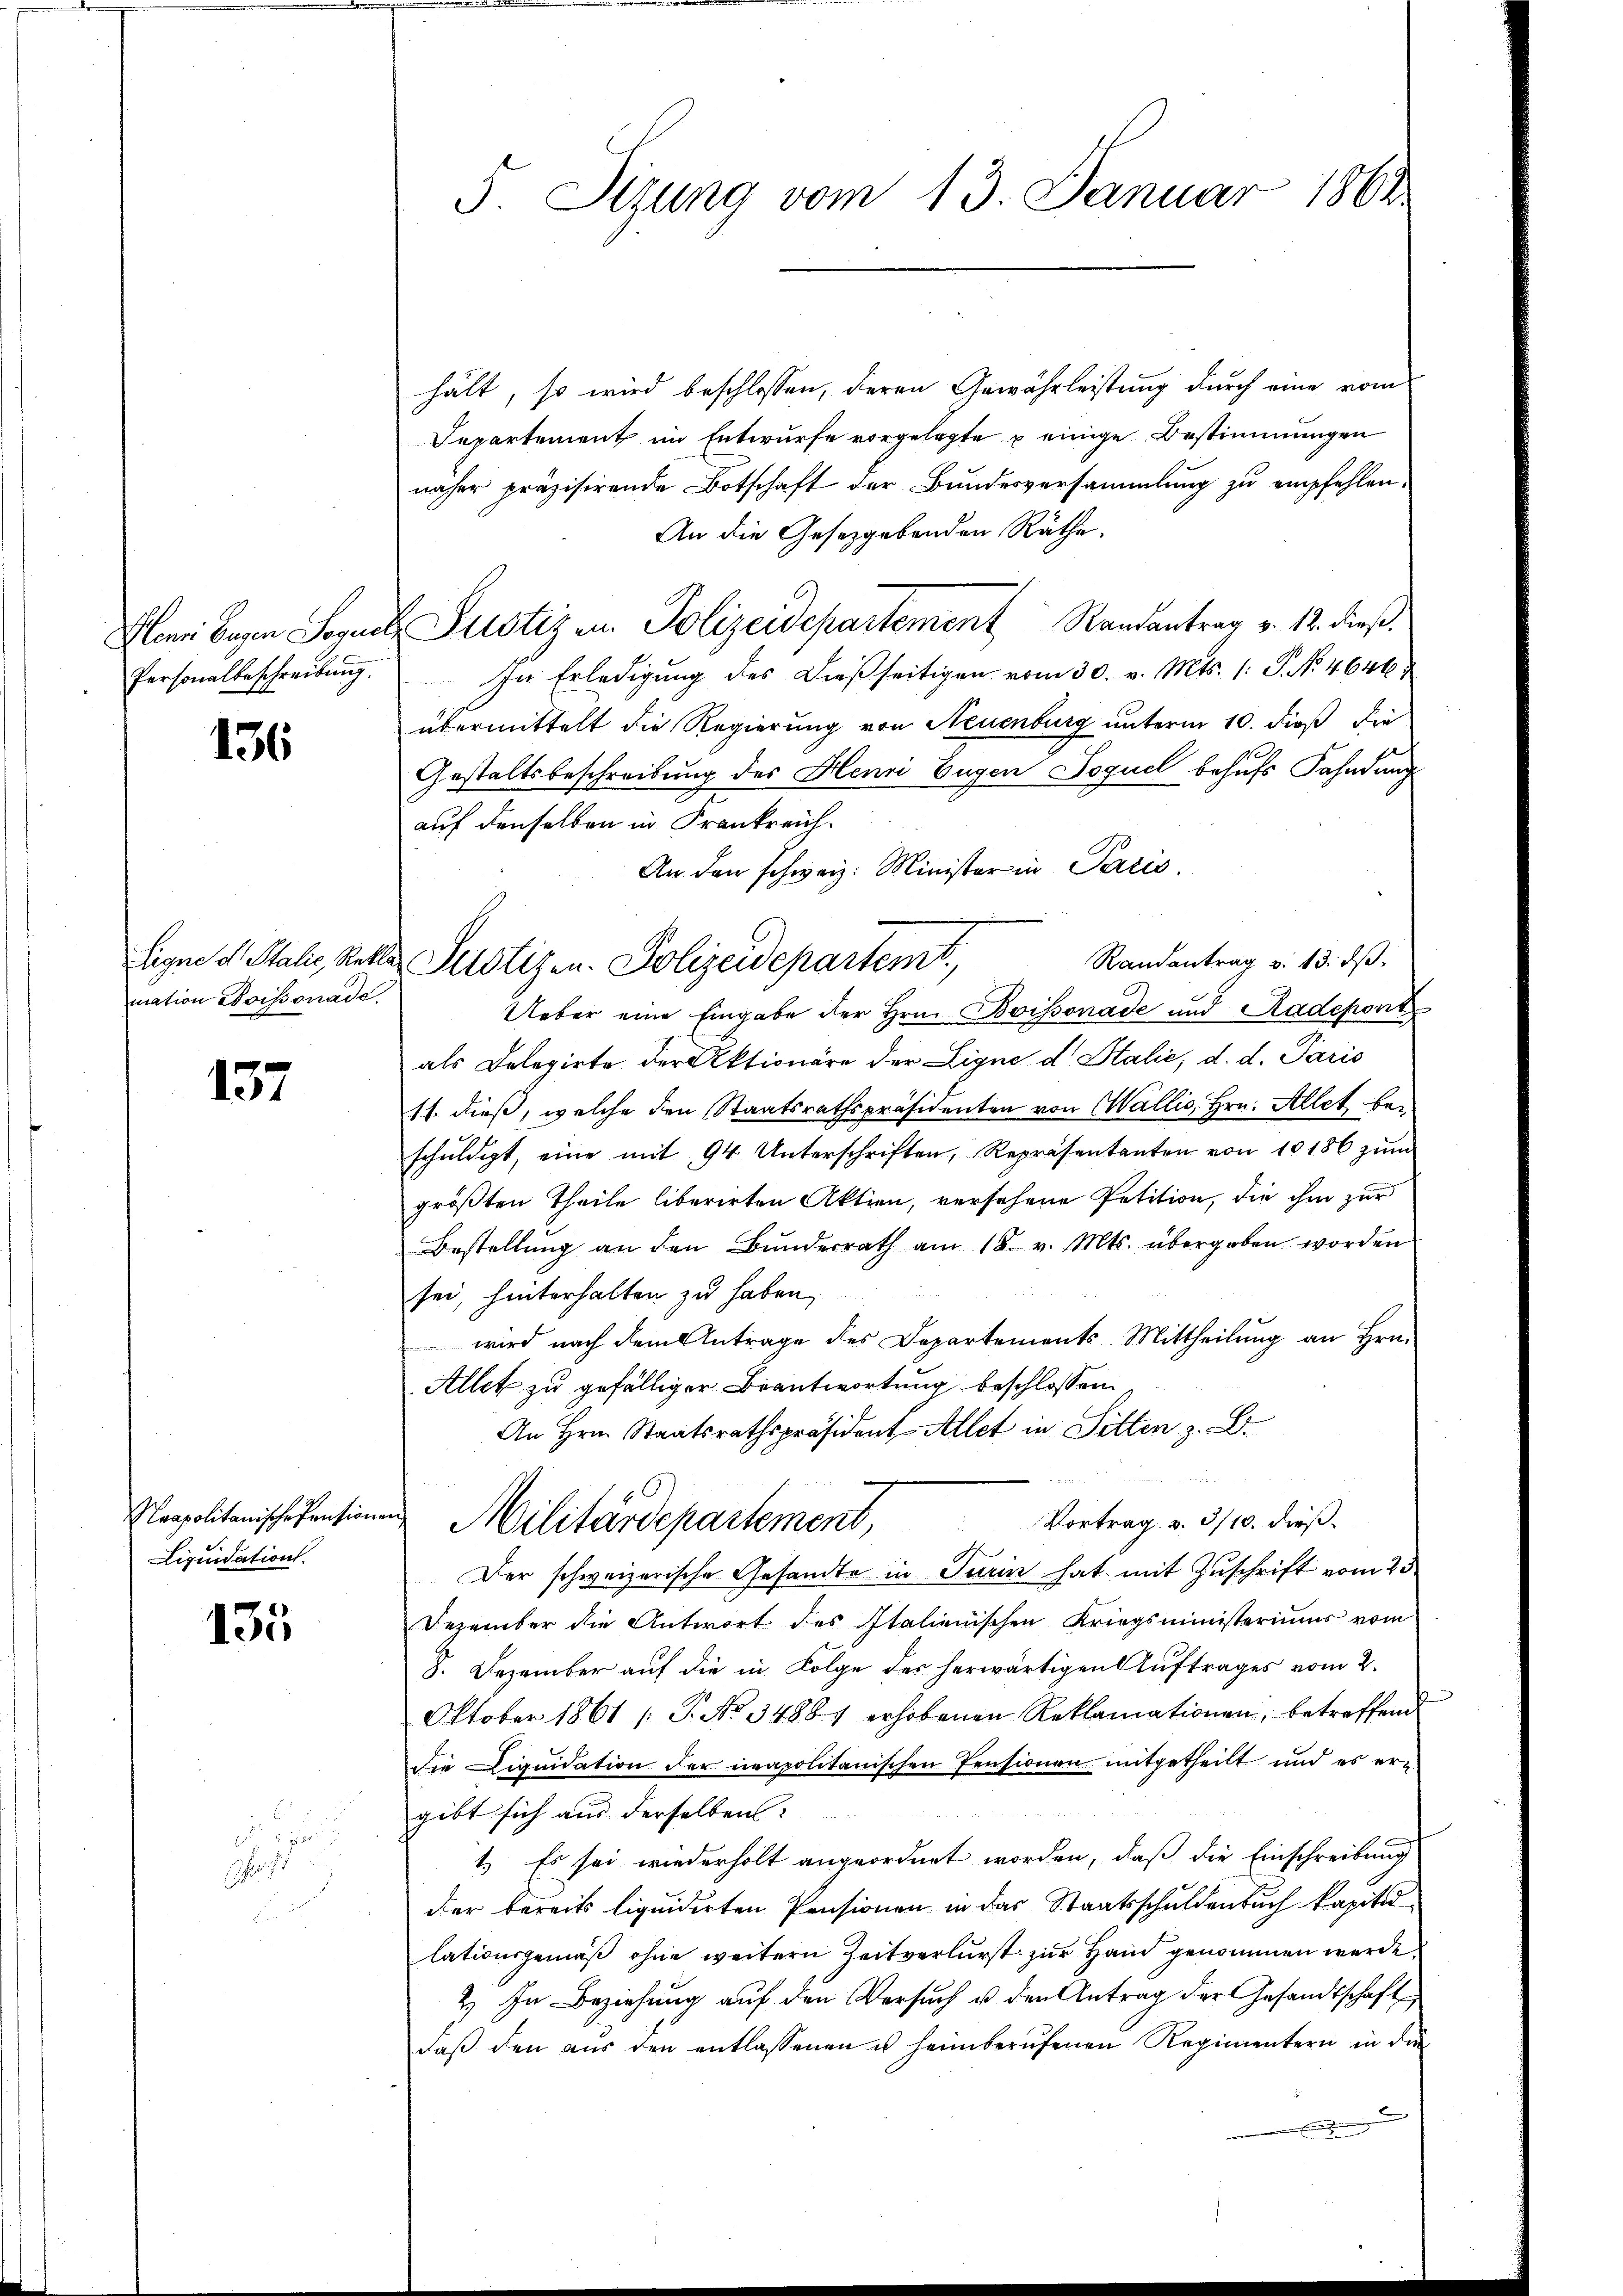
136

mation Poissonade,

137

Liquidation.

135

schaft

hält, so wird beschlossen, deren Gewährleistung durch eine vom
Separtement im Entwurfe vorgelegte u einige Bestimmungen
näher präzisirende Botschaft der Bundesversammlung zu empfehlen.
An die Gesetzgebenden Räthe.
Gloni begen Sonst Justiz in Polizeidepartement Randantrag v. 12. dieß
Personalbeschreibŭng. In Erledigŭng des dieβ seitigen vom 30. v. Mts. (: S. No. 4646
übermittelt die Regierung von Neuenburg unterm 10. dieß die
Gestaltsbeschreibung des Henri Eugen Joguel behufs Fahndung
auf denselben in Frankreich¬
An den schweiz. Minister in Paris.
Randantrag v. 13. dβ
Ueber eine Eingabe der Hrn. Boissonade und Radepont
als Delegirte der Aktionäre der Ligne d. Stalie, d. d. Paris
11. dieß, welche den Staatsrathspräsidenten von Wallis, Hrn. Allet beschŭldigt, eine mit 94. Unterschriften, Repräsentanten von 10186 zŭm
größten Theile liberirten Aktien, versehene Petition, die ihm zur
Bestellung an den Bŭndesrath am 18. v. Mts. übergeben worden
sei, hinterhalten zu haben,
wird nach dem Antrage des Departements-Mittheilung an Hrn.
Allet zu gefälliger Beantwortung beschlossen
An Hrn. Staatsrathspräsident Allet in Sitten z. B.
Neapolitanischefensionen Militärdepartement,
Vortrag v. 3/10. dieß.
Der schweizerische Gesandte in Turin hat mit Zuschrift vom 23
Dezember die Antwort des Italienischen Kriegsministeriums vom
8. Dezember auf die in Folge der herwärtigen Auftrages vom 2.
Oktober 1861 /: P. No 34861 erhobenen Reklamationen, betreffend
die Diquidation der neapolitanischen Pensionen mitgetheilt und es ergibt sich aus derselben:
1.) Es sei wiederholt angeordnet worden, daß die Einschreibung
der bereits liquidirten Pensionen in das Staatsschuldenbuch kapitallationsgemäß ohne weitern Zeitverlurst zur Hand genommen werde.
2.) In Beziehung auf den Versuch u. den Antrag der Gesandtschaft
daß den aus den entlassenen u heimberufenen Regimentern in die
.

5. Sizung vom 13. Januar 1864

Eigne d. Stalie, Retter Justizen. Polizeidepartemt,